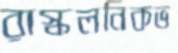
রাস্কলনিকভ